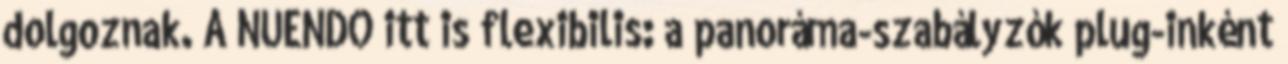
dolgoznak. A NUENDO itt is flexibilis: a panoráma-szabályzók plug-inként